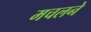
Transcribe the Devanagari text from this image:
मचलने